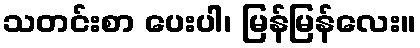
သတင်းစာ ပေးပါ၊ မြန်မြန်လေး။